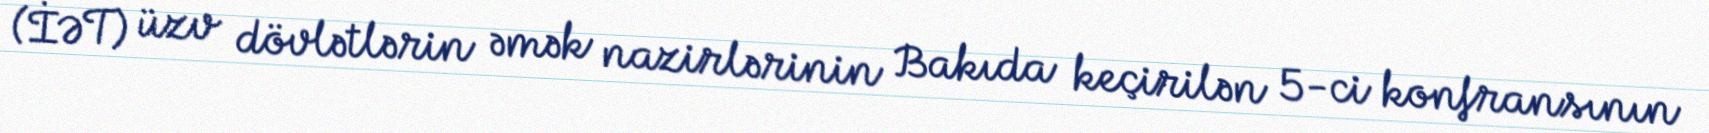
(İƏT) üzv dövlətlərin əmək nazirlərinin Bakıda keçirilən 5-ci konfransının